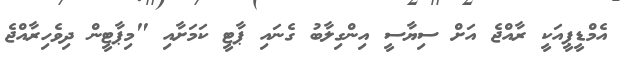
އެމްޑީޕީއަކީ ރާއްޖެ އަށް ސިޔާސީ އިންގިލާބު ގެނައި ޕާޓީ ކަމަށާއި "މިޕާޓީން ދިވެހިރާއްޖެ